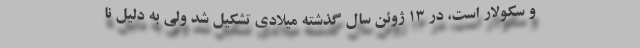
و سکولار است، در ١٣ ژوئن سال گذشته میلادی تشکیل شد ولی به دلیل نا